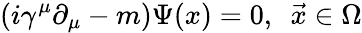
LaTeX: (i\gamma^{\mu}\partial_{\mu}-m)\Psi(x)=0,\ \ \vec{x}\in\Omega